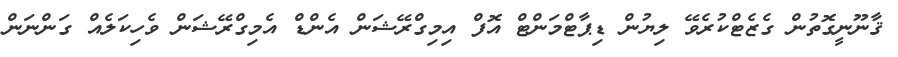
ޤާނޫނީގޮތުން ގެޒެޓްކުރެވޭ ލިޔުން ޑިޕާޓްމަންޓް އޮފް އިމިގްރޭޝަން އެންޑް އެމިގްރޭޝަން ވެހިކަލެއް ގަންނަން